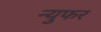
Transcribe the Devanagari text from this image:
न्युफर